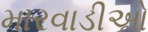
મારવાડીઓ